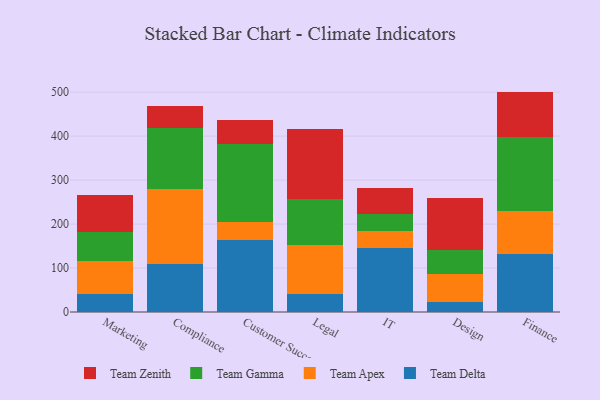
{"axis": {"x": "Department", "y": "Market Share (%)"}, "legend": ["Team Apex", "Team Delta", "Team Gamma", "Team Zenith"], "data": [{"x": "Marketing", "y": 40.8, "type": "Team Delta"}, {"x": "Marketing", "y": 76.3, "type": "Team Apex"}, {"x": "Marketing", "y": 64.2, "type": "Team Gamma"}, {"x": "Marketing", "y": 85.7, "type": "Team Zenith"}, {"x": "Compliance", "y": 109.8, "type": "Team Delta"}, {"x": "Compliance", "y": 169.0, "type": "Team Apex"}, {"x": "Compliance", "y": 139.1, "type": "Team Gamma"}, {"x": "Compliance", "y": 51.7, "type": "Team Zenith"}, {"x": "Customer Success", "y": 164.7, "type": "Team Delta"}, {"x": "Customer Success", "y": 39.9, "type": "Team Apex"}, {"x": "Customer Success", "y": 177.1, "type": "Team Gamma"}, {"x": "Customer Success", "y": 55.8, "type": "Team Zenith"}, {"x": "Legal", "y": 41.1, "type": "Team Delta"}, {"x": "Legal", "y": 111.8, "type": "Team Apex"}, {"x": "Legal", "y": 103.4, "type": "Team Gamma"}, {"x": "Legal", "y": 159.2, "type": "Team Zenith"}, {"x": "IT", "y": 145.3, "type": "Team Delta"}, {"x": "IT", "y": 38.8, "type": "Team Apex"}, {"x": "IT", "y": 39.2, "type": "Team Gamma"}, {"x": "IT", "y": 58.7, "type": "Team Zenith"}, {"x": "Design", "y": 23.1, "type": "Team Delta"}, {"x": "Design", "y": 62.7, "type": "Team Apex"}, {"x": "Design", "y": 55.2, "type": "Team Gamma"}, {"x": "Design", "y": 119.2, "type": "Team Zenith"}, {"x": "Finance", "y": 132.4, "type": "Team Delta"}, {"x": "Finance", "y": 96.4, "type": "Team Apex"}, {"x": "Finance", "y": 168.2, "type": "Team Gamma"}, {"x": "Finance", "y": 104.3, "type": "Team Zenith"}]}